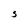
Character: S